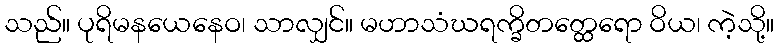
သည်။ ပုရိမနယေနေဝ၊ သာလျှင်။ မဟာသံဃရက္ခိတတ္ထေရော ဝိယ၊ ကဲ့သို့။